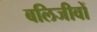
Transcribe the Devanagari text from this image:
बलिजीवों